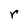
Character: r